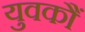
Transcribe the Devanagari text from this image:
युवकौं